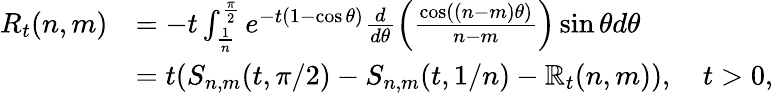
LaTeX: \begin{array}{rl}{R_{t}(n,m)}&{=-t\int_{\frac{1}{n}}^{\frac{\pi}{2}}e^{-t(1-\cos\theta)}\frac{d}{d\theta}\left(\frac{\cos((n-m)\theta)}{n-m}\right)\sin\theta d\theta}\\ &{=t(S_{n,m}(t,\pi/2)-S_{n,m}(t,1/n)-\mathbb{R}_{t}(n,m)),\quad t>0,}\end{array}